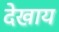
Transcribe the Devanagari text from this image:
देखाय